Leaving Certificate Examination (including Day School Certificate (Higher) General paper), 1929
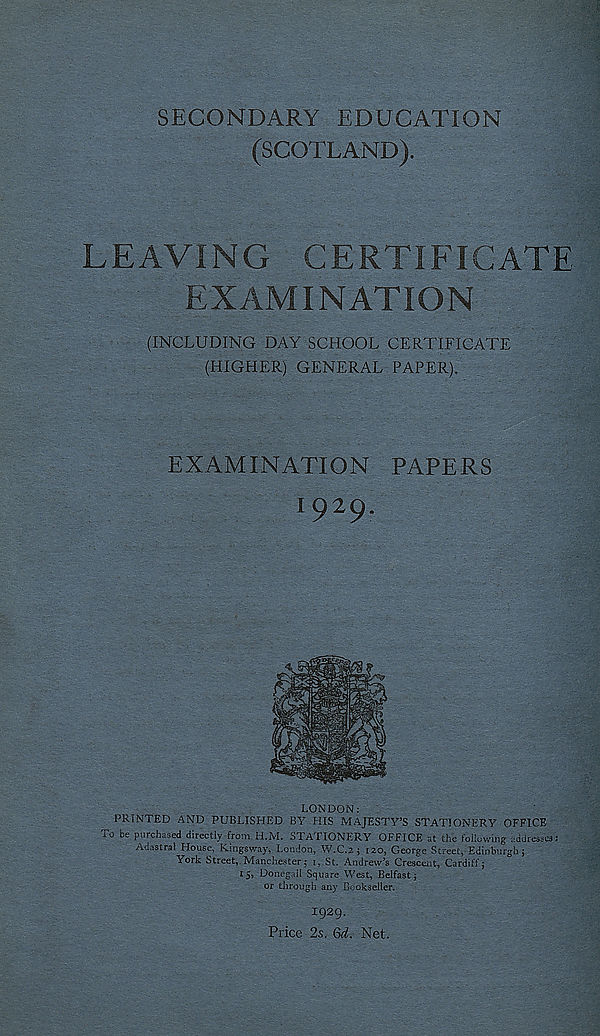
SECONDARY EDUCATION
(SCOTLAND).
LEAVING
CERTIFICATE
EXAMINATION
(INCLUDING DAY SCHOOL CERTIFICATE
(HIGHER) GENERAL PAPER).
EXAMINATION PAPERS
1929.
LONDON:
PRINTED AND PUBLISHED BY HIS MAJESTY’S STATIONERY OFFICE
To be purchased directly from H.M. STATIONERY OFFICE at the following addresses:
Adastral House, Kingsway, London, W.C.2 ; 120, George Street, Edinburgh;
York Street, Manchester; 1, St, Andrew’s Crescent, Cardiff;
15, Donegail Square West, Belfast j
or through any Bookseller.